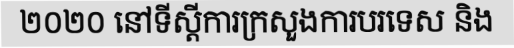
២០២០ នៅទីស្តីការក្រសួងការបរទេស និង